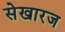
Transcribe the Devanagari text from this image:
सेखारज